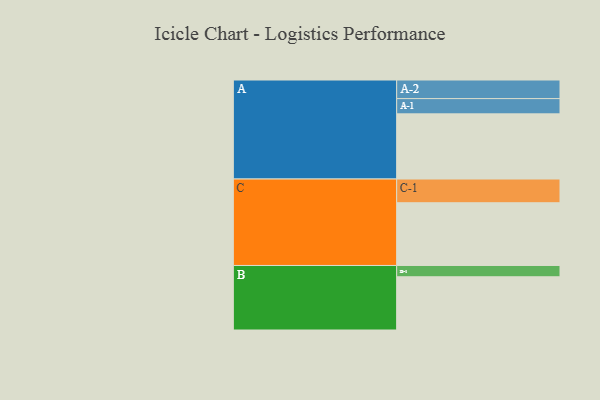
{"axis": {"x": "Segment", "y": "Value"}, "legend": ["", "A", "B", "C"], "data": [{"x": "A", "y": 508, "type": ""}, {"x": "B", "y": 415, "type": ""}, {"x": "C", "y": 489, "type": ""}, {"x": "A-1", "y": 119, "type": "A"}, {"x": "A-2", "y": 145, "type": "A"}, {"x": "B-1", "y": 88, "type": "B"}, {"x": "C-1", "y": 185, "type": "C"}]}